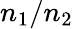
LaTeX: n_{1}/n_{2\, }